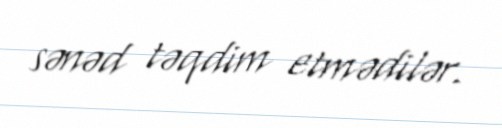
sənəd təqdim etmədilər.